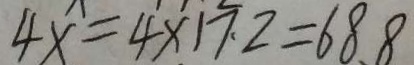
4 x = 4 \times 1 7 . 2 = 6 8 . 8